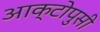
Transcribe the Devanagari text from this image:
आक्टोपुसी